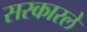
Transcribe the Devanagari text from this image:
सरकारले